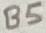
Text: B5